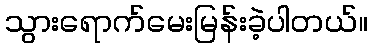
သွားရောက်မေးမြန်းခဲ့ပါတယ်။